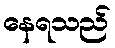
နေရသည်